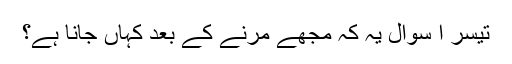
تیسر ا سوال یہ کہ مجھے مرنے کے بعد کہاں جانا ہے؟